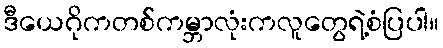
ဒီယေဂိုကတစ်ကမ္ဘာလုံးကလူတွေရဲ့စံပြပါ။